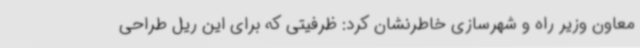
معاون وزیر راه و شهرسازی خاطرنشان کرد: ظرفیتی که برای این ریل طراحی